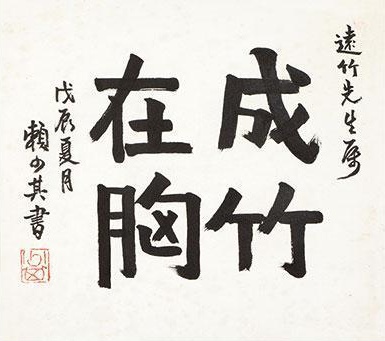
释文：题识：戊辰夏月赖少其书，海栗笔。黄远竹上款